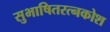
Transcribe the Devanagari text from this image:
सुभाषितरत्नकोश